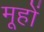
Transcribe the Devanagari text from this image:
मूहों